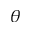
\theta